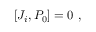
[ J _ { i } , P _ { 0 } ] = 0 ~ ,